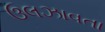
ઉલઝાવતા